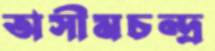
অসীমচন্দ্র